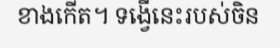
ខាងកើត។ ទង្វើនេះរបស់ចិន